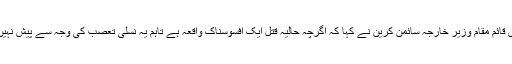
آسٹریلوی قائم مقام وزیر خارجہ سائمن کرین نے کہا کہ اگرچہ حالیہ قتل ایک افسوسناک واقعہ ہے تاہم یہ نسلی تعصب کی وجہ سے پیش نہیں آیا ہے۔